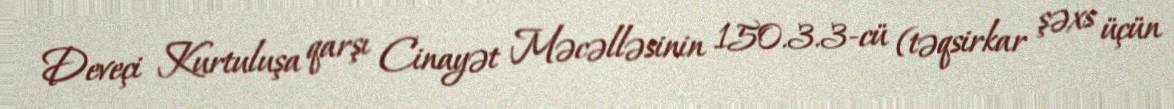
Deveçi Kurtuluşa qarşı Cinayət Məcəlləsinin 150.3.3-cü (təqsirkar şəxs üçün